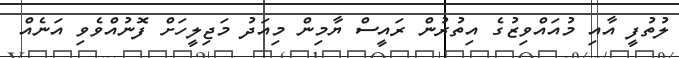
ލުތުފީ އާއި މުއައްވިޒުގެ އިތުރުން ރައީސް ޔާމިން މިއަދު މަޖިލީހަށް ފޮނުއްވެވި އަނެއް